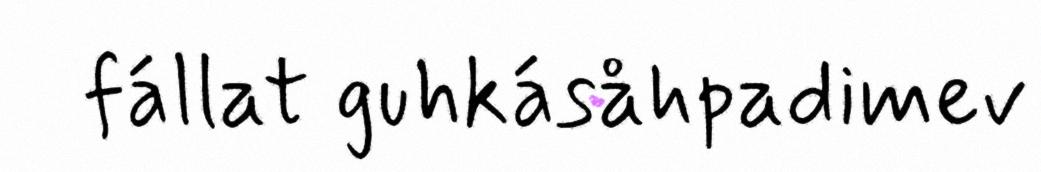
fállat guhkásåhpadimev